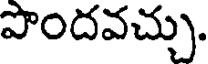
పొందవచ్చు.